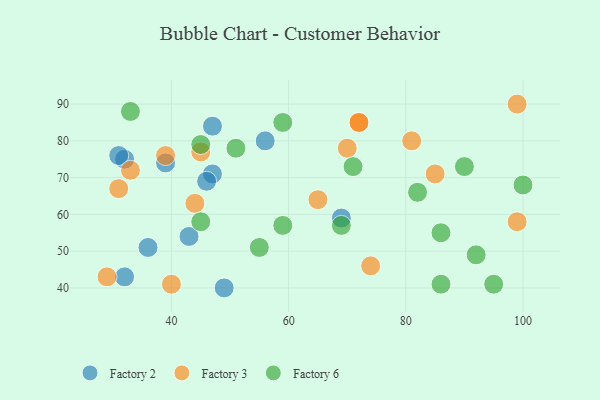
{"axis": {"x": "GDP", "y": "Life Expectancy"}, "legend": ["Factory 2", "Factory 3", "Factory 6"], "data": [{"x": "47", "y": 84, "type": "Factory 2"}, {"x": "56", "y": 80, "type": "Factory 2"}, {"x": "32", "y": 43, "type": "Factory 2"}, {"x": "69", "y": 59, "type": "Factory 2"}, {"x": "47", "y": 71, "type": "Factory 2"}, {"x": "43", "y": 54, "type": "Factory 2"}, {"x": "36", "y": 51, "type": "Factory 2"}, {"x": "32", "y": 75, "type": "Factory 2"}, {"x": "31", "y": 76, "type": "Factory 2"}, {"x": "49", "y": 40, "type": "Factory 2"}, {"x": "39", "y": 74, "type": "Factory 2"}, {"x": "46", "y": 69, "type": "Factory 2"}, {"x": "45", "y": 77, "type": "Factory 3"}, {"x": "81", "y": 80, "type": "Factory 3"}, {"x": "85", "y": 71, "type": "Factory 3"}, {"x": "65", "y": 64, "type": "Factory 3"}, {"x": "70", "y": 78, "type": "Factory 3"}, {"x": "72", "y": 85, "type": "Factory 3"}, {"x": "33", "y": 72, "type": "Factory 3"}, {"x": "39", "y": 76, "type": "Factory 3"}, {"x": "40", "y": 41, "type": "Factory 3"}, {"x": "72", "y": 85, "type": "Factory 3"}, {"x": "31", "y": 67, "type": "Factory 3"}, {"x": "29", "y": 43, "type": "Factory 3"}, {"x": "99", "y": 90, "type": "Factory 3"}, {"x": "74", "y": 46, "type": "Factory 3"}, {"x": "99", "y": 58, "type": "Factory 3"}, {"x": "44", "y": 63, "type": "Factory 3"}, {"x": "45", "y": 79, "type": "Factory 6"}, {"x": "69", "y": 57, "type": "Factory 6"}, {"x": "59", "y": 85, "type": "Factory 6"}, {"x": "86", "y": 55, "type": "Factory 6"}, {"x": "55", "y": 51, "type": "Factory 6"}, {"x": "45", "y": 58, "type": "Factory 6"}, {"x": "59", "y": 57, "type": "Factory 6"}, {"x": "86", "y": 41, "type": "Factory 6"}, {"x": "95", "y": 41, "type": "Factory 6"}, {"x": "100", "y": 68, "type": "Factory 6"}, {"x": "92", "y": 49, "type": "Factory 6"}, {"x": "33", "y": 88, "type": "Factory 6"}, {"x": "51", "y": 78, "type": "Factory 6"}, {"x": "82", "y": 66, "type": "Factory 6"}, {"x": "71", "y": 73, "type": "Factory 6"}, {"x": "90", "y": 73, "type": "Factory 6"}]}